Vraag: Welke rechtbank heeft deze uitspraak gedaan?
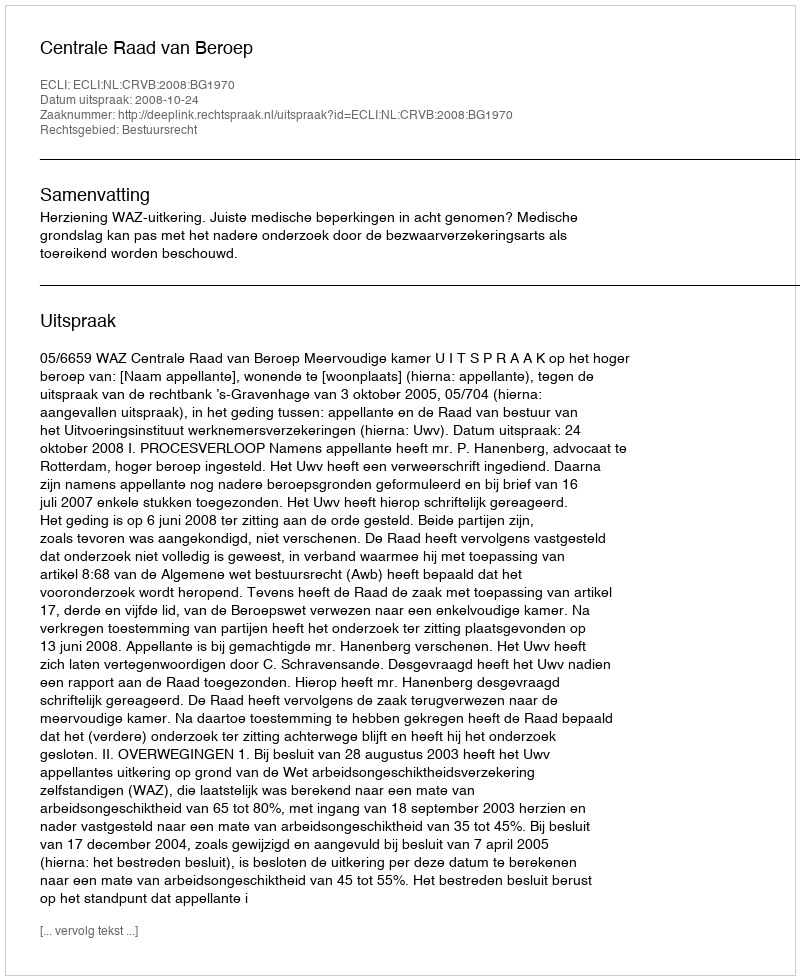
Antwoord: Centrale Raad van Beroep